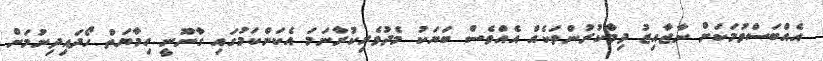
އެއްބަސްވުމަކަށް ނާޖާއިޒު ދިމާކުރުންތަކެއް އެއްވެސް ބަޔަކު މެދުވެރިކުރާނަމަ އެކަންކަމުގައި ގާނޫނީ ހިމާޔަތް ހޯދައިދިނުމަށް